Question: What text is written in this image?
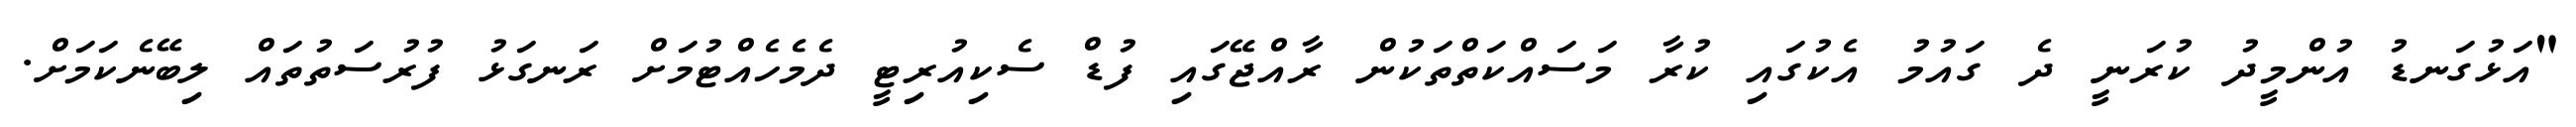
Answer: "އަޅުގަނޑު އުންމީދު ކުރަނީ ދެ ގައުމު އެކުގައި ކުރާ މަސައްކަތްތަކުން ރާއްޖޭގައި ފުޑް ސެކިއުރިޓީ ދެމެހެއްޓުމަށް ރަނގަޅު ފުރުސަތުތައް ލިބޭނެކަމަށް.